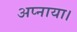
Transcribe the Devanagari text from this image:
अप्नाया।